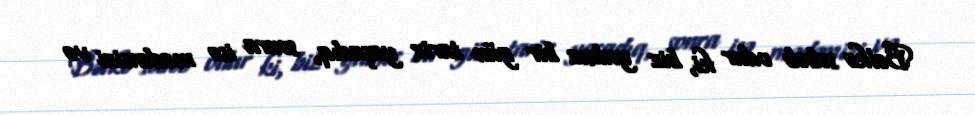
Bəlkə səbəb odur ki, biz yalnız bir gün tarix yaşadıq, sonra isə mədəmizi və